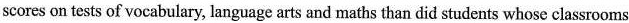
scores on tests of vocabulary, language arts and maths than did students whose classrooms